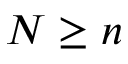
N \geq n